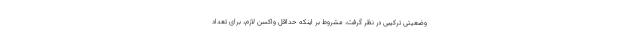
وضعیتی ترکیبی در نظر گرفت، مشروط بر اینکه حداقل واکسن لازم، برای تعداد